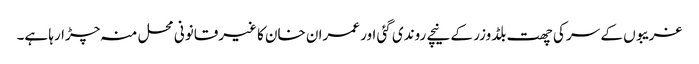
غریبوں کے سر کی چھت بلڈوزر کے نیچے روندی گئی اور عمران خان کا غیرقانونی محل منہ چڑارہا ہے۔